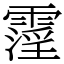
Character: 霪